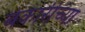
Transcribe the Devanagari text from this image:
बेकारीच्या